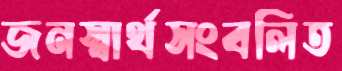
জনস্বার্থসংবলিত